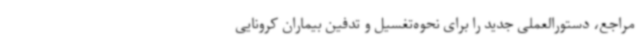
مراجع، دستورالعملی جدید را برای نحوه‌تغسیل و تدفین بیماران کرونایی